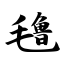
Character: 氇